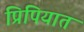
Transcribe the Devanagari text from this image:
प्रिपियात